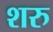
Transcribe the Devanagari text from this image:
शरु